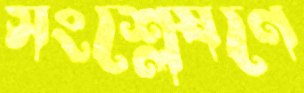
সংশ্লেষণে